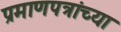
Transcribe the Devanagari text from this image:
प्रमाणपत्रांच्या